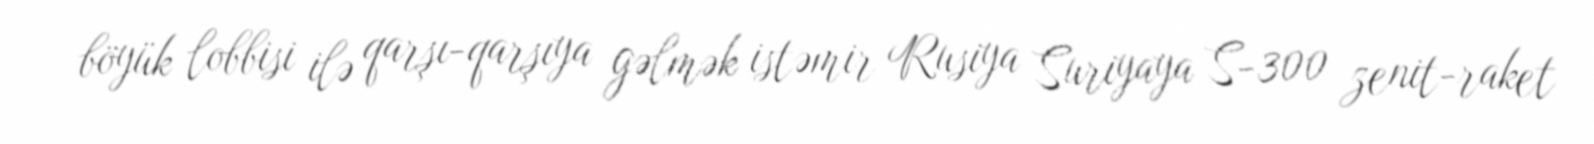
böyük lobbisi ilə qarşı-qarşıya gəlmək istəmir Rusiya Suriyaya S-300 zenit-raket